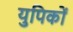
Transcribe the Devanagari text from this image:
युपिकों